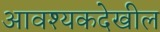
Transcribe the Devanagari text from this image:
आवश्यकदेखील